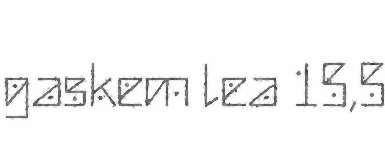
gaskem lea 15,5